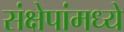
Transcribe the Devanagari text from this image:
संक्षेपांमध्ये